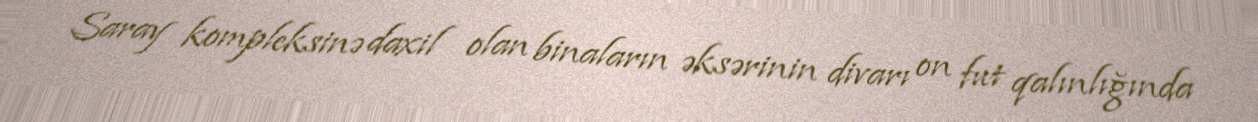
Saray kompleksinə daxil olan binaların əksərinin divarı on fut qalınlığında